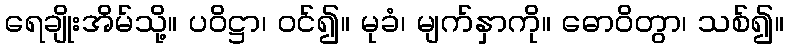
ရေချိုးအိမ်သို့။ ပဝိဋ္ဌာ၊ ဝင်၍။ မုခံ၊ မျက်နှာကို။ ဓောဝိတွာ၊ သစ်၍။